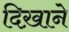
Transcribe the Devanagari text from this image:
दिख़ाने